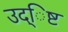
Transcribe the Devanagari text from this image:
उद्िष्ट